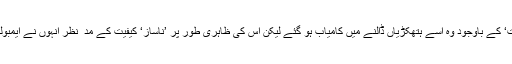
بہرحال جارج کی ’’جسمانی مزاحمت‘ کے باوجود وہ اسے ہتھکڑیاں ڈالنے میں کامیاب ہو گئے لیکن اس کی ظاہری طور پر ’ناساز‘ کیفیت کے مدّ ِ نظر انہوں نے ایمبولینس کے لئے بھی پیغام نشر کر دیا۔